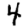
Digit: 4